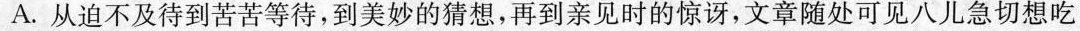
A.从迫不及待到苦苦等待，到美妙的猜想，再到亲见时的惊讶，文章随处可见八儿急切想吃